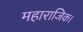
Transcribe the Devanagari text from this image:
महाराजिक।